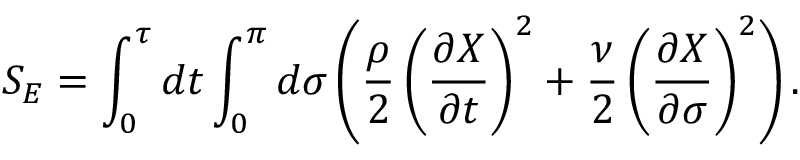
{ \cal S } _ { E } = \int _ { 0 } ^ { \tau } d t \int _ { 0 } ^ { \pi } d \sigma \left( \frac { \rho } { 2 } \left( \frac { \partial X } { \partial t } \right) ^ { 2 } + \frac { \nu } { 2 } \left( \frac { \partial X } { \partial \sigma } \right) ^ { 2 } \right) .